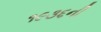
૧૯૩૬ની